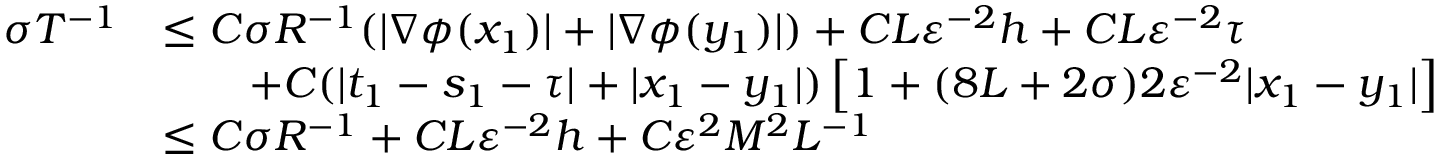
\begin{array} { r l } { \sigma { T ^ { - 1 } } } & { \leq C \sigma R ^ { - 1 } ( | \nabla \phi ( x _ { 1 } ) | + | \nabla \phi ( y _ { 1 } ) | ) + C L \varepsilon ^ { - 2 } h + C L \varepsilon ^ { - 2 } \tau } \\ & { \qquad + C ( | t _ { 1 } - s _ { 1 } - \tau | + | x _ { 1 } - y _ { 1 } | ) \left[ 1 + ( 8 L + 2 \sigma ) 2 \varepsilon ^ { - 2 } | x _ { 1 } - y _ { 1 } | \right] } \\ & { \leq C \sigma R ^ { - 1 } + C L \varepsilon ^ { - 2 } h + C \varepsilon ^ { 2 } M ^ { 2 } L ^ { - 1 } } \end{array}